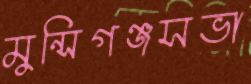
মুন্সিগঞ্জসভা